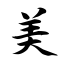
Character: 美